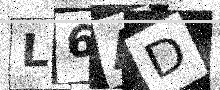
Text: L6AD